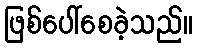
ဖြစ်ပေါ်စေခဲ့သည်။